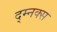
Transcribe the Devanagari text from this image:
द्म्नक्स